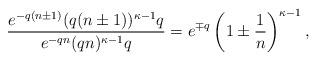
LaTeX: \begin{align*}\frac{e^{-q(n\pm1)}(q(n\pm1))^{\kappa-1}q}{e^{-qn}(qn)^{\kappa-1}q}=e^{\mp q}\left(1\pm\frac{1}{n}\right)^{\kappa-1},\end{align*}